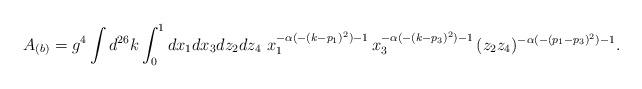
LaTeX: \begin{align*}A_{(b)}=g^4\int d^{26}k \int_{0}^{1} dx_1 dx_3 dz_2 dz_4~x_{1}^{-\alpha (-(k-p_1)^2) -1}\,x_{3}^{-\alpha (-(k-p_3)^2) -1}\,(z_{2}z_{4})^{-\alpha (-(p_1-p_3)^2) -1} .\end{align*}